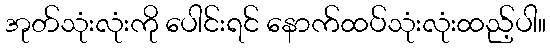
အုတ်သုံးလုံးကို ပေါင်းရင် နောက်ထပ်သုံးလုံးထည့်ပါ။